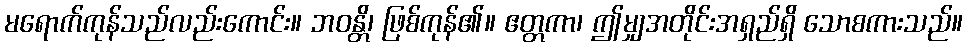
မရောက်ကုန်သည်လည်းကောင်း။ ဘဝန္တိ၊ ဖြစ်ကုန်၏။ ဧတ္တကာ၊ ဤမျှအတိုင်းအရှည်ရှိ သောစကားသည်။